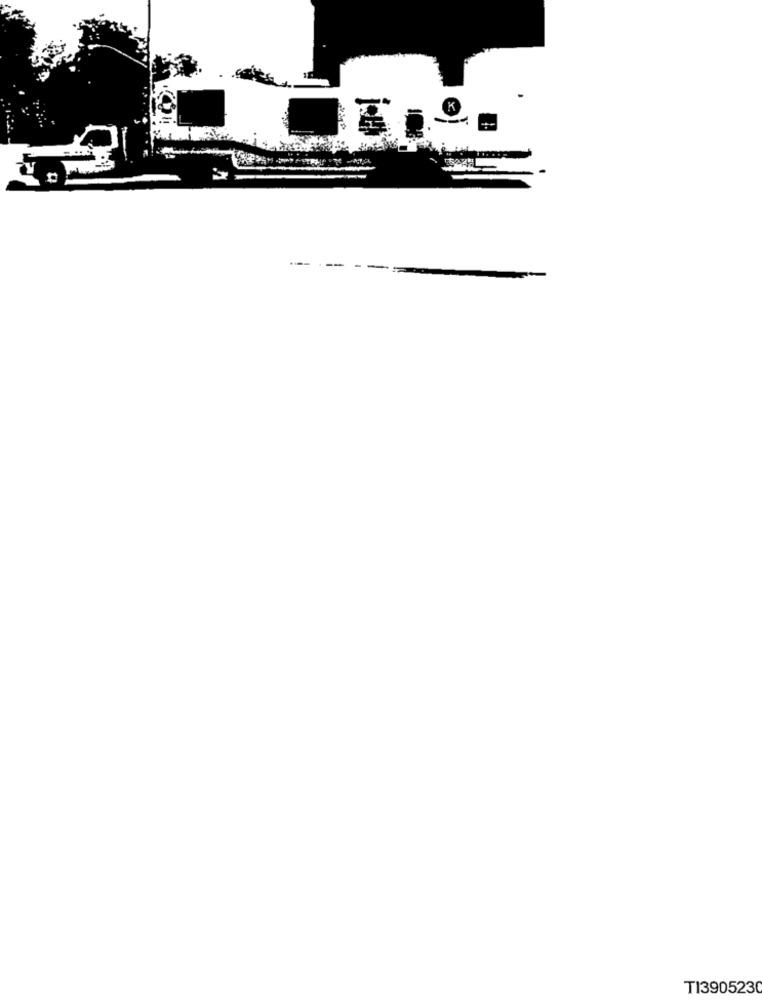
T13905230